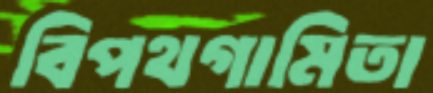
বিপথগামিতা